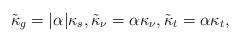
LaTeX: \begin{align*}\tilde \kappa_g=|\alpha|\kappa_s,\tilde \kappa_\nu=\alpha\kappa_\nu,\tilde \kappa_t=\alpha\kappa_t,\end{align*}